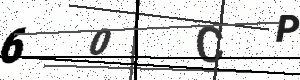
Text: 60CP